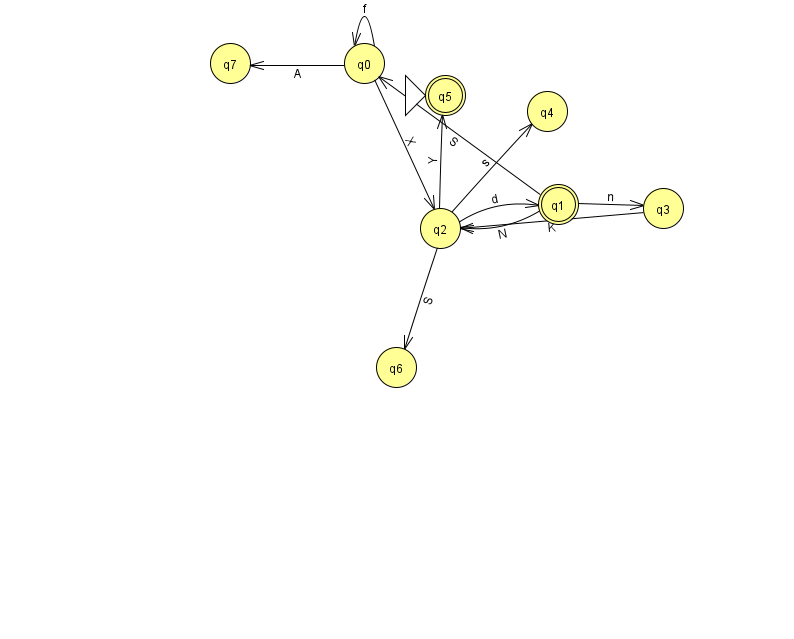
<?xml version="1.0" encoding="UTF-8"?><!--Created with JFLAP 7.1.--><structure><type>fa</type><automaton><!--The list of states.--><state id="0" name="q0"><x>364.0</x><y>50.0</y></state><state id="1" name="q1"><x>558.0</x><y>191.0</y><final/></state><state id="2" name="q2"><x>440.0</x><y>215.0</y></state><state id="3" name="q3"><x>663.0</x><y>195.0</y></state><state id="4" name="q4"><x>547.0</x><y>98.0</y></state><state id="5" name="q5"><x>445.0</x><y>82.0</y><initial/><final/></state><state id="6" name="q6"><x>396.0</x><y>354.0</y></state><state id="7" name="q7"><x>230.0</x><y>50.0</y></state><!--The list of transitions.--><transition><from>1</from><to>2</to><read>N</read></transition><transition><from>2</from><to>4</to><read>s</read></transition><transition><from>2</from><to>6</to><read>S</read></transition><transition><from>1</from><to>0</to><read>S</read></transition><transition><from>0</from><to>2</to><read>X</read></transition><transition><from>1</from><to>3</to><read>n</read></transition><transition><from>2</from><to>5</to><read>Y</read></transition><transition><from>0</from><to>0</to><read>f</read></transition><transition><from>2</from><to>1</to><read>d</read></transition><transition><from>3</from><to>2</to><read>K</read></transition><transition><from>0</from><to>7</to><read>A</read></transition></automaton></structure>